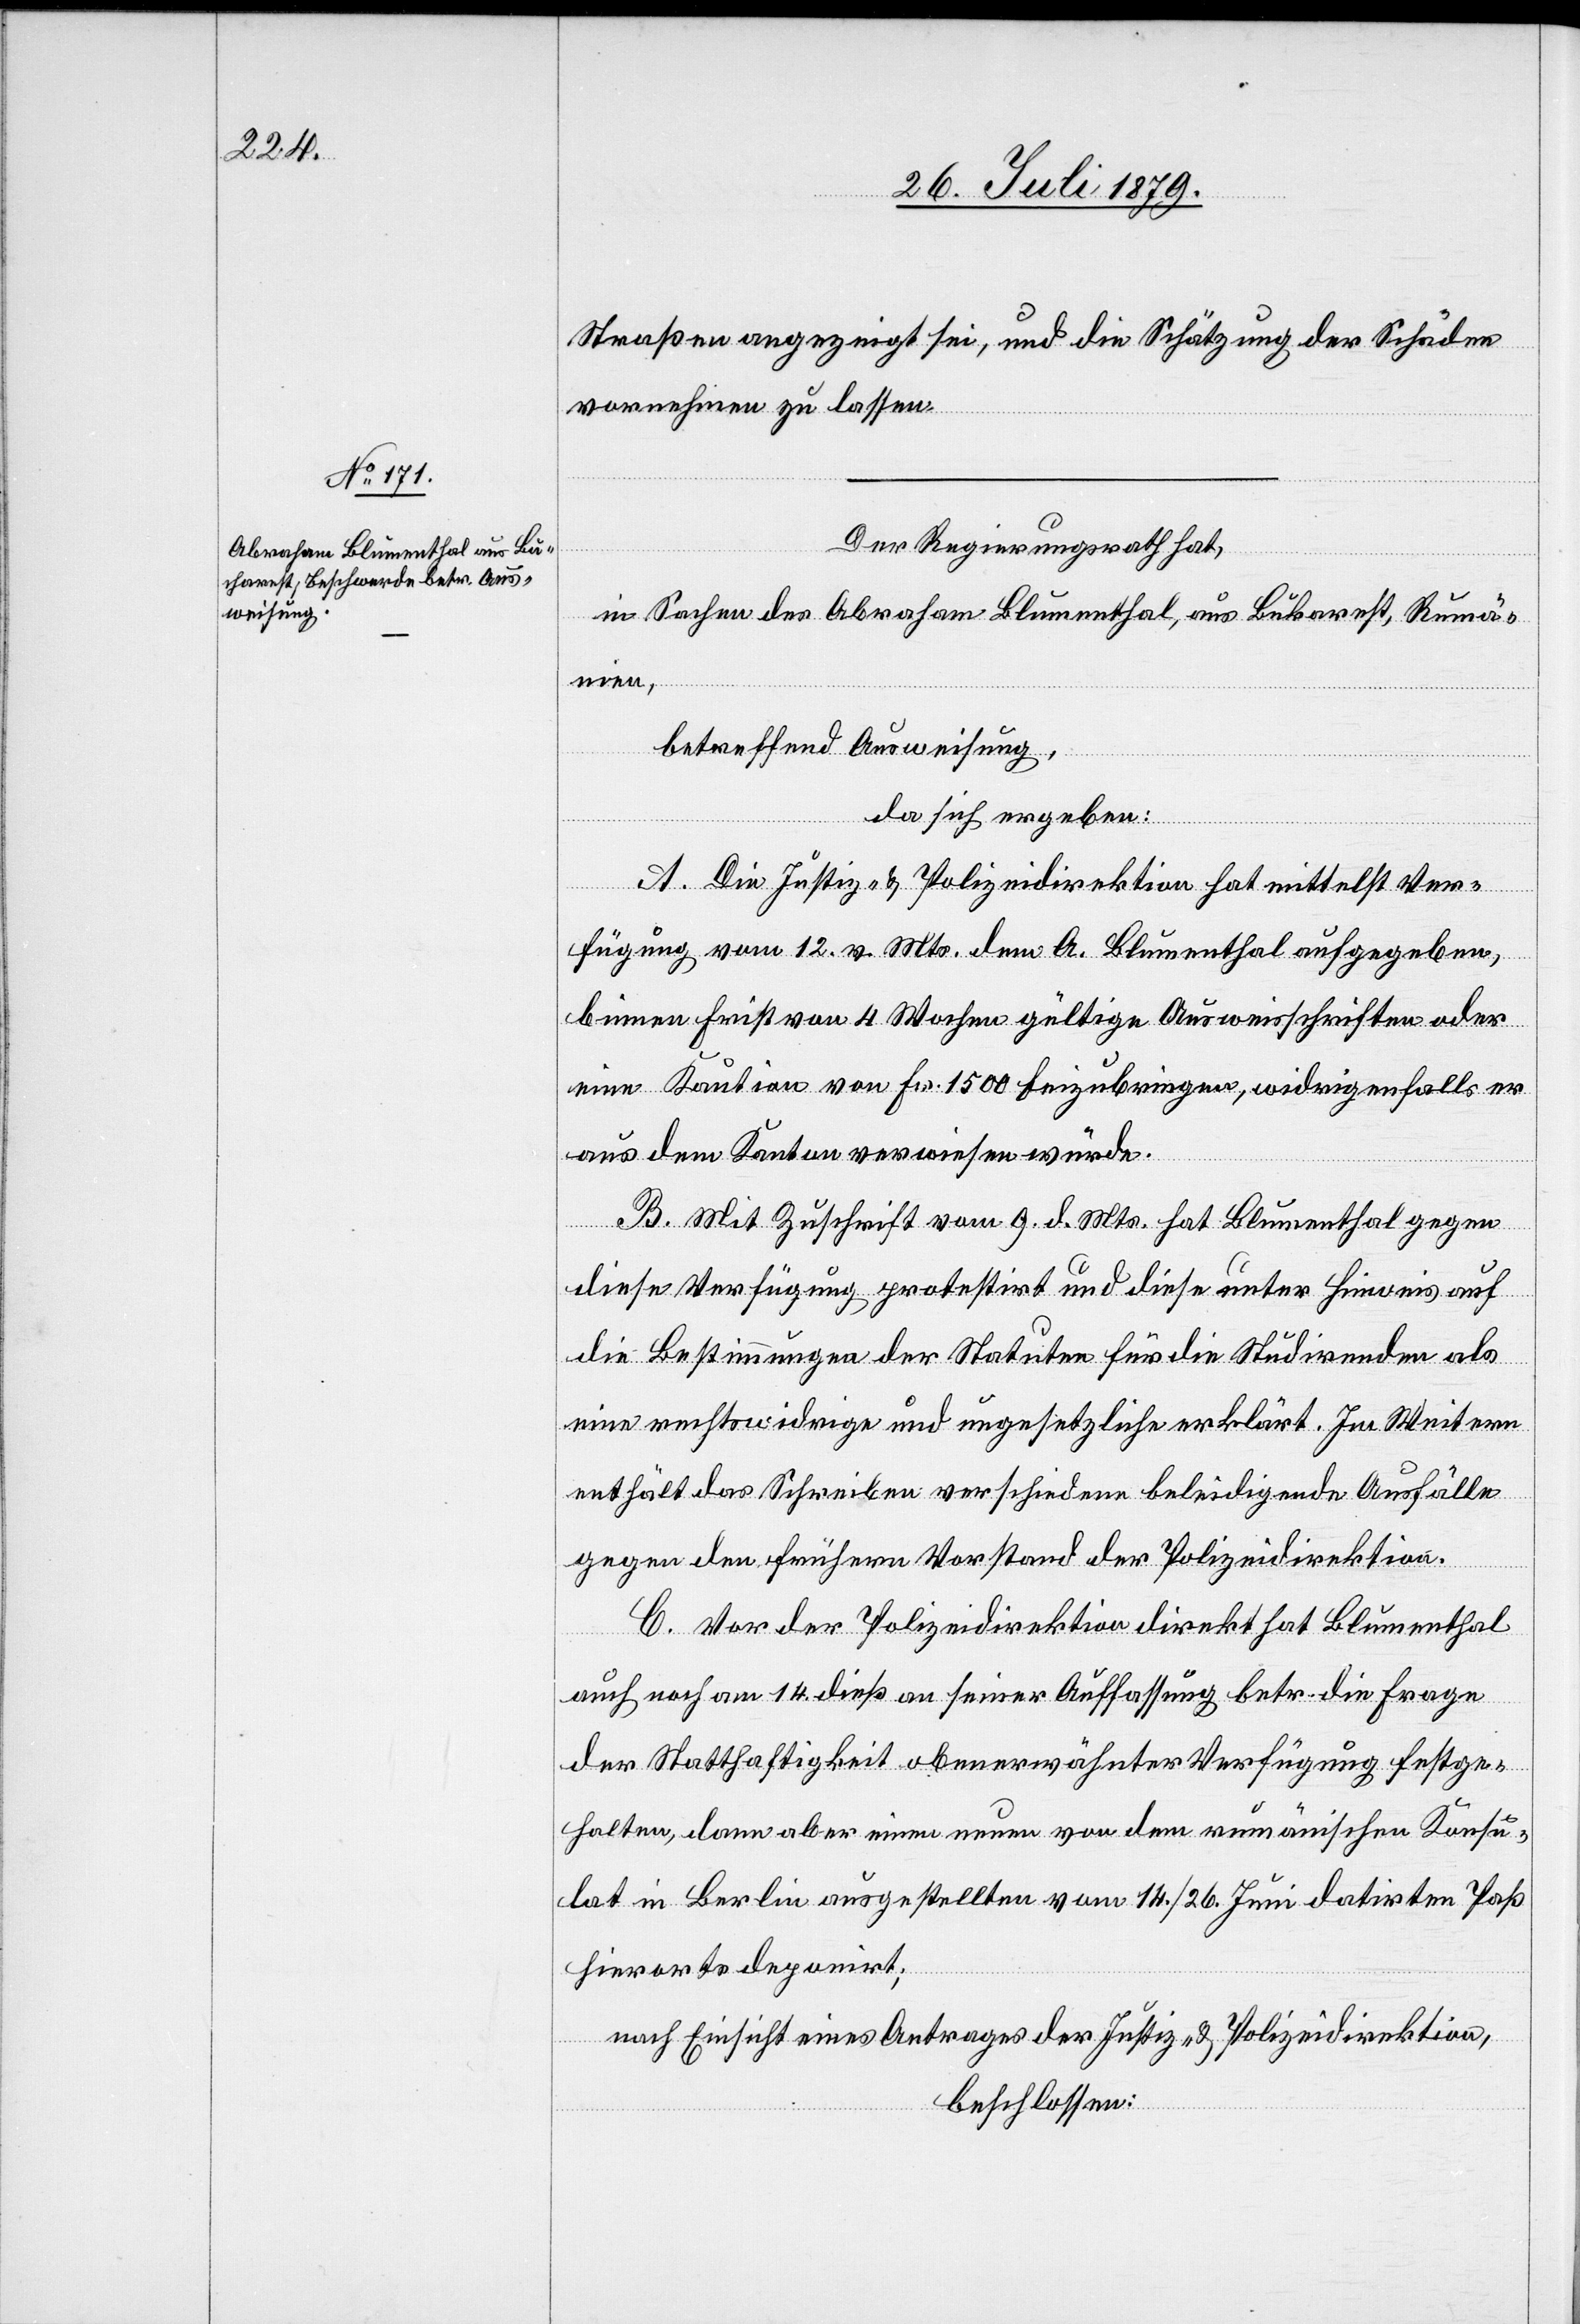
Straßen angezeigt sei, und die Schätzung der Schäden
vornehmen zu lassen.
Der Regierungsrath hat,
in Sachen des Abraham Blumenthal, aus Bukarest, Rumä¬
nien,
betreffend Ausweisung,
da sich ergeben:
A. Die Justiz- & Polizeidirektion hat mittelst Ver¬
fügung vom 12. v. Mts. dem A. Blumenthal aufgegeben,
binnen Frist von 4 Wochen gültige Ausweisschriften oder
eine Kaution von Fr. 1500 beizubringen, widrigenfalls er
aus dem Kanton verwiesen würde.
B. Mit Zuschrift vom 9. d. Mts. hat Blumenthal gegen
diese Verfügung protestirt und diese unter Hinweis auf
die Bestimmungen der Statuten für die Studirenden als
eine rechtswidrige und ungesetzliche erklärt. Im Weitern
enthält das Schreiben verschiedene beleidigende Ausfälle
gegen den frühern Vorstand der Polizeidirektion.
C. Vor der Polizeidirektion direkt hat Blumenthal
auch noch am 14. dieß an seiner Auffassung betr. die Frage
der Statthaftigkeit obenerwähnter Verfügung festge¬
halten, dann aber einen neuen von dem rumänischen Konsu¬
lat in Berlin ausgestellten vom 14./26. Juni datirten Paß
hierorts deponirt;
nach Einsicht eines Antrages der Justiz- & Polizeidirektion,
beschlossen: